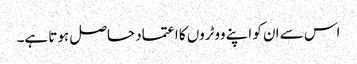
اس سے ان کو اپنے ووٹروں کا اعتماد حاصل ہوتا ہے۔